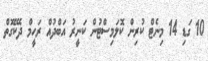
10 ގަޑި 14 މިނެޓް ކުރިން ކޮލަމިސްޓުން ކަނީރު އަބްދުއް ރަހީމް ދެކޭގޮތް